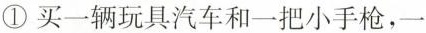
①买一辆玩具汽车和一把小手枪，一